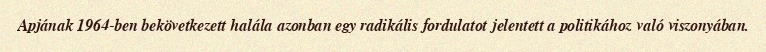
Apjának 1964-ben bekövetkezett halála azonban egy radikális fordulatot jelentett a politikához való viszonyában.